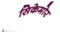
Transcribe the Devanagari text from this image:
सिकेमोर